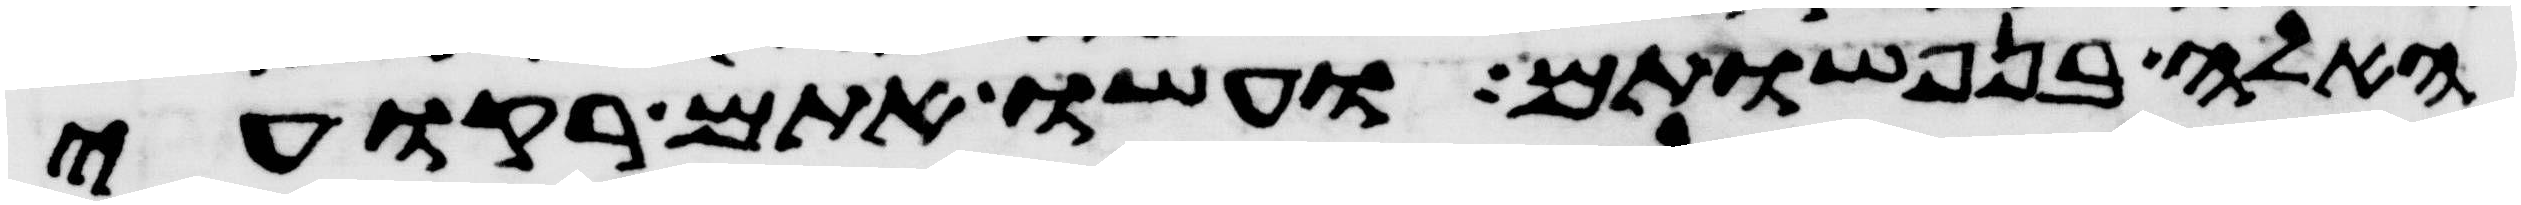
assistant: האלה בנפשותם ועשו אתם רקועי